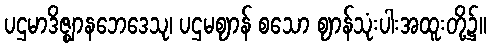
ပဌမာဒိဇ္ဈာနဘေဒေသု၊ ပဌမဈာန် စသော ဈာန်သုံးပါးအထူးတို့၌။